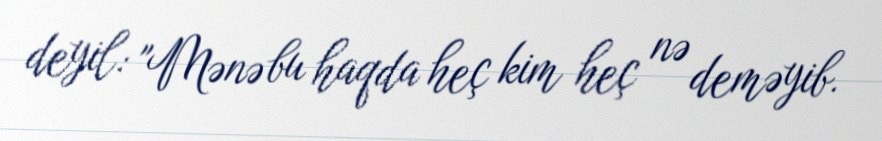
deyil: "Mənə bu haqda heç kim heç nə deməyib.